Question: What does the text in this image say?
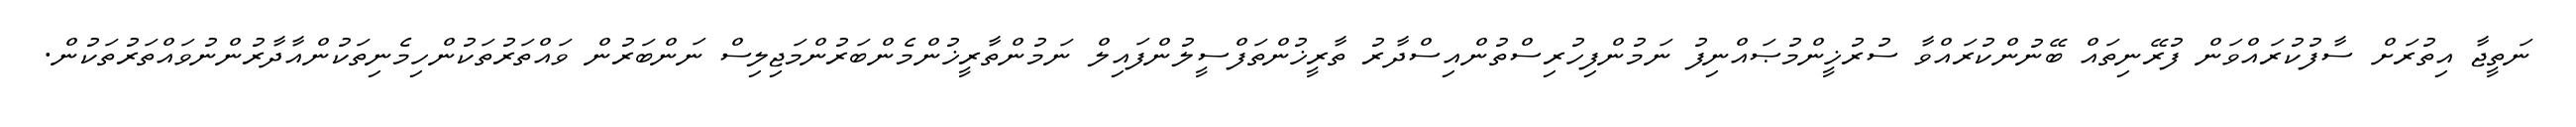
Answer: ނަތީޖާ އިތުރަށް ސާފުކުރައްވަން ފުރޭނިތައް ބޭނުންކުރައްވާ ސުރުޚީންމުޞައްނިފު ނަމުންފިހުރިސްތުންއިސްދާރު ތާރީޚުންތަފްސީލުންފައިލް ނަމުންތާރީޚުންމެންބަރުންމަޖިލިސް ނަންބަރުން ވައްތަރުތަކުންހިމެނިތަކުންއާދާރުންނުވައްތަރުތަކުން.